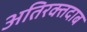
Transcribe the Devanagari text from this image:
अतिरक्तदाब